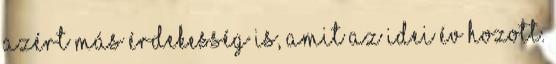
azért más érdekesség is, amit az idei év hozott.